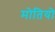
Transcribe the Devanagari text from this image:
मोतियो